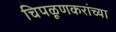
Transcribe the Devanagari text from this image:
चिपळूणकरांच्या